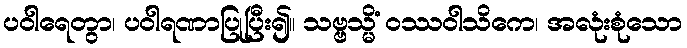
ပဝါရေတွာ၊ ပဝါရဏာပြုပြီး၍။ သဗ္ဗသ္မိံ ဝဿဝါသိကေ၊ အလုံးစုံသော